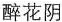
醉花阴